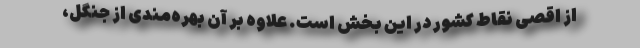
از اقصی نقاط کشور در این بخش است. علاوه بر آن بهره‌مندی از جنگل،